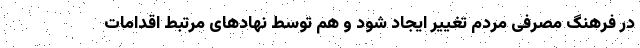
در فرهنگ مصرفی مردم تغییر ایجاد شود و هم توسط نهادهای مرتبط اقدامات